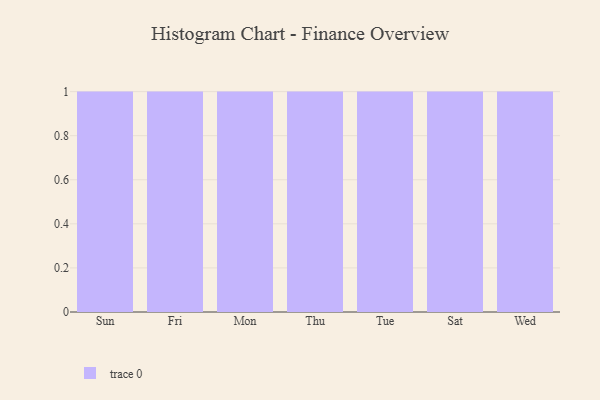
{"axis": {"x": "Day", "y": "Revenue (USD Million)"}, "legend": [""], "data": [{"x": "Sun", "y": 76, "type": ""}, {"x": "Fri", "y": 70, "type": ""}, {"x": "Mon", "y": 60, "type": ""}, {"x": "Thu", "y": 14, "type": ""}, {"x": "Tue", "y": 33, "type": ""}, {"x": "Sat", "y": 84, "type": ""}, {"x": "Wed", "y": 27, "type": ""}]}